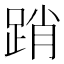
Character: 踃